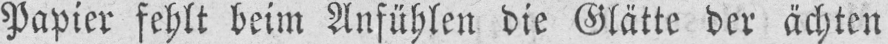
Papier fehlt beim Anfühlen die Glätte der ächten